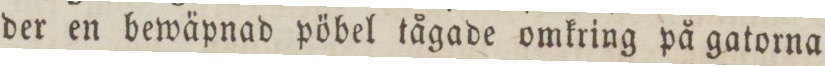
der en bewäpnad pöbel tågade omkring på gatorna